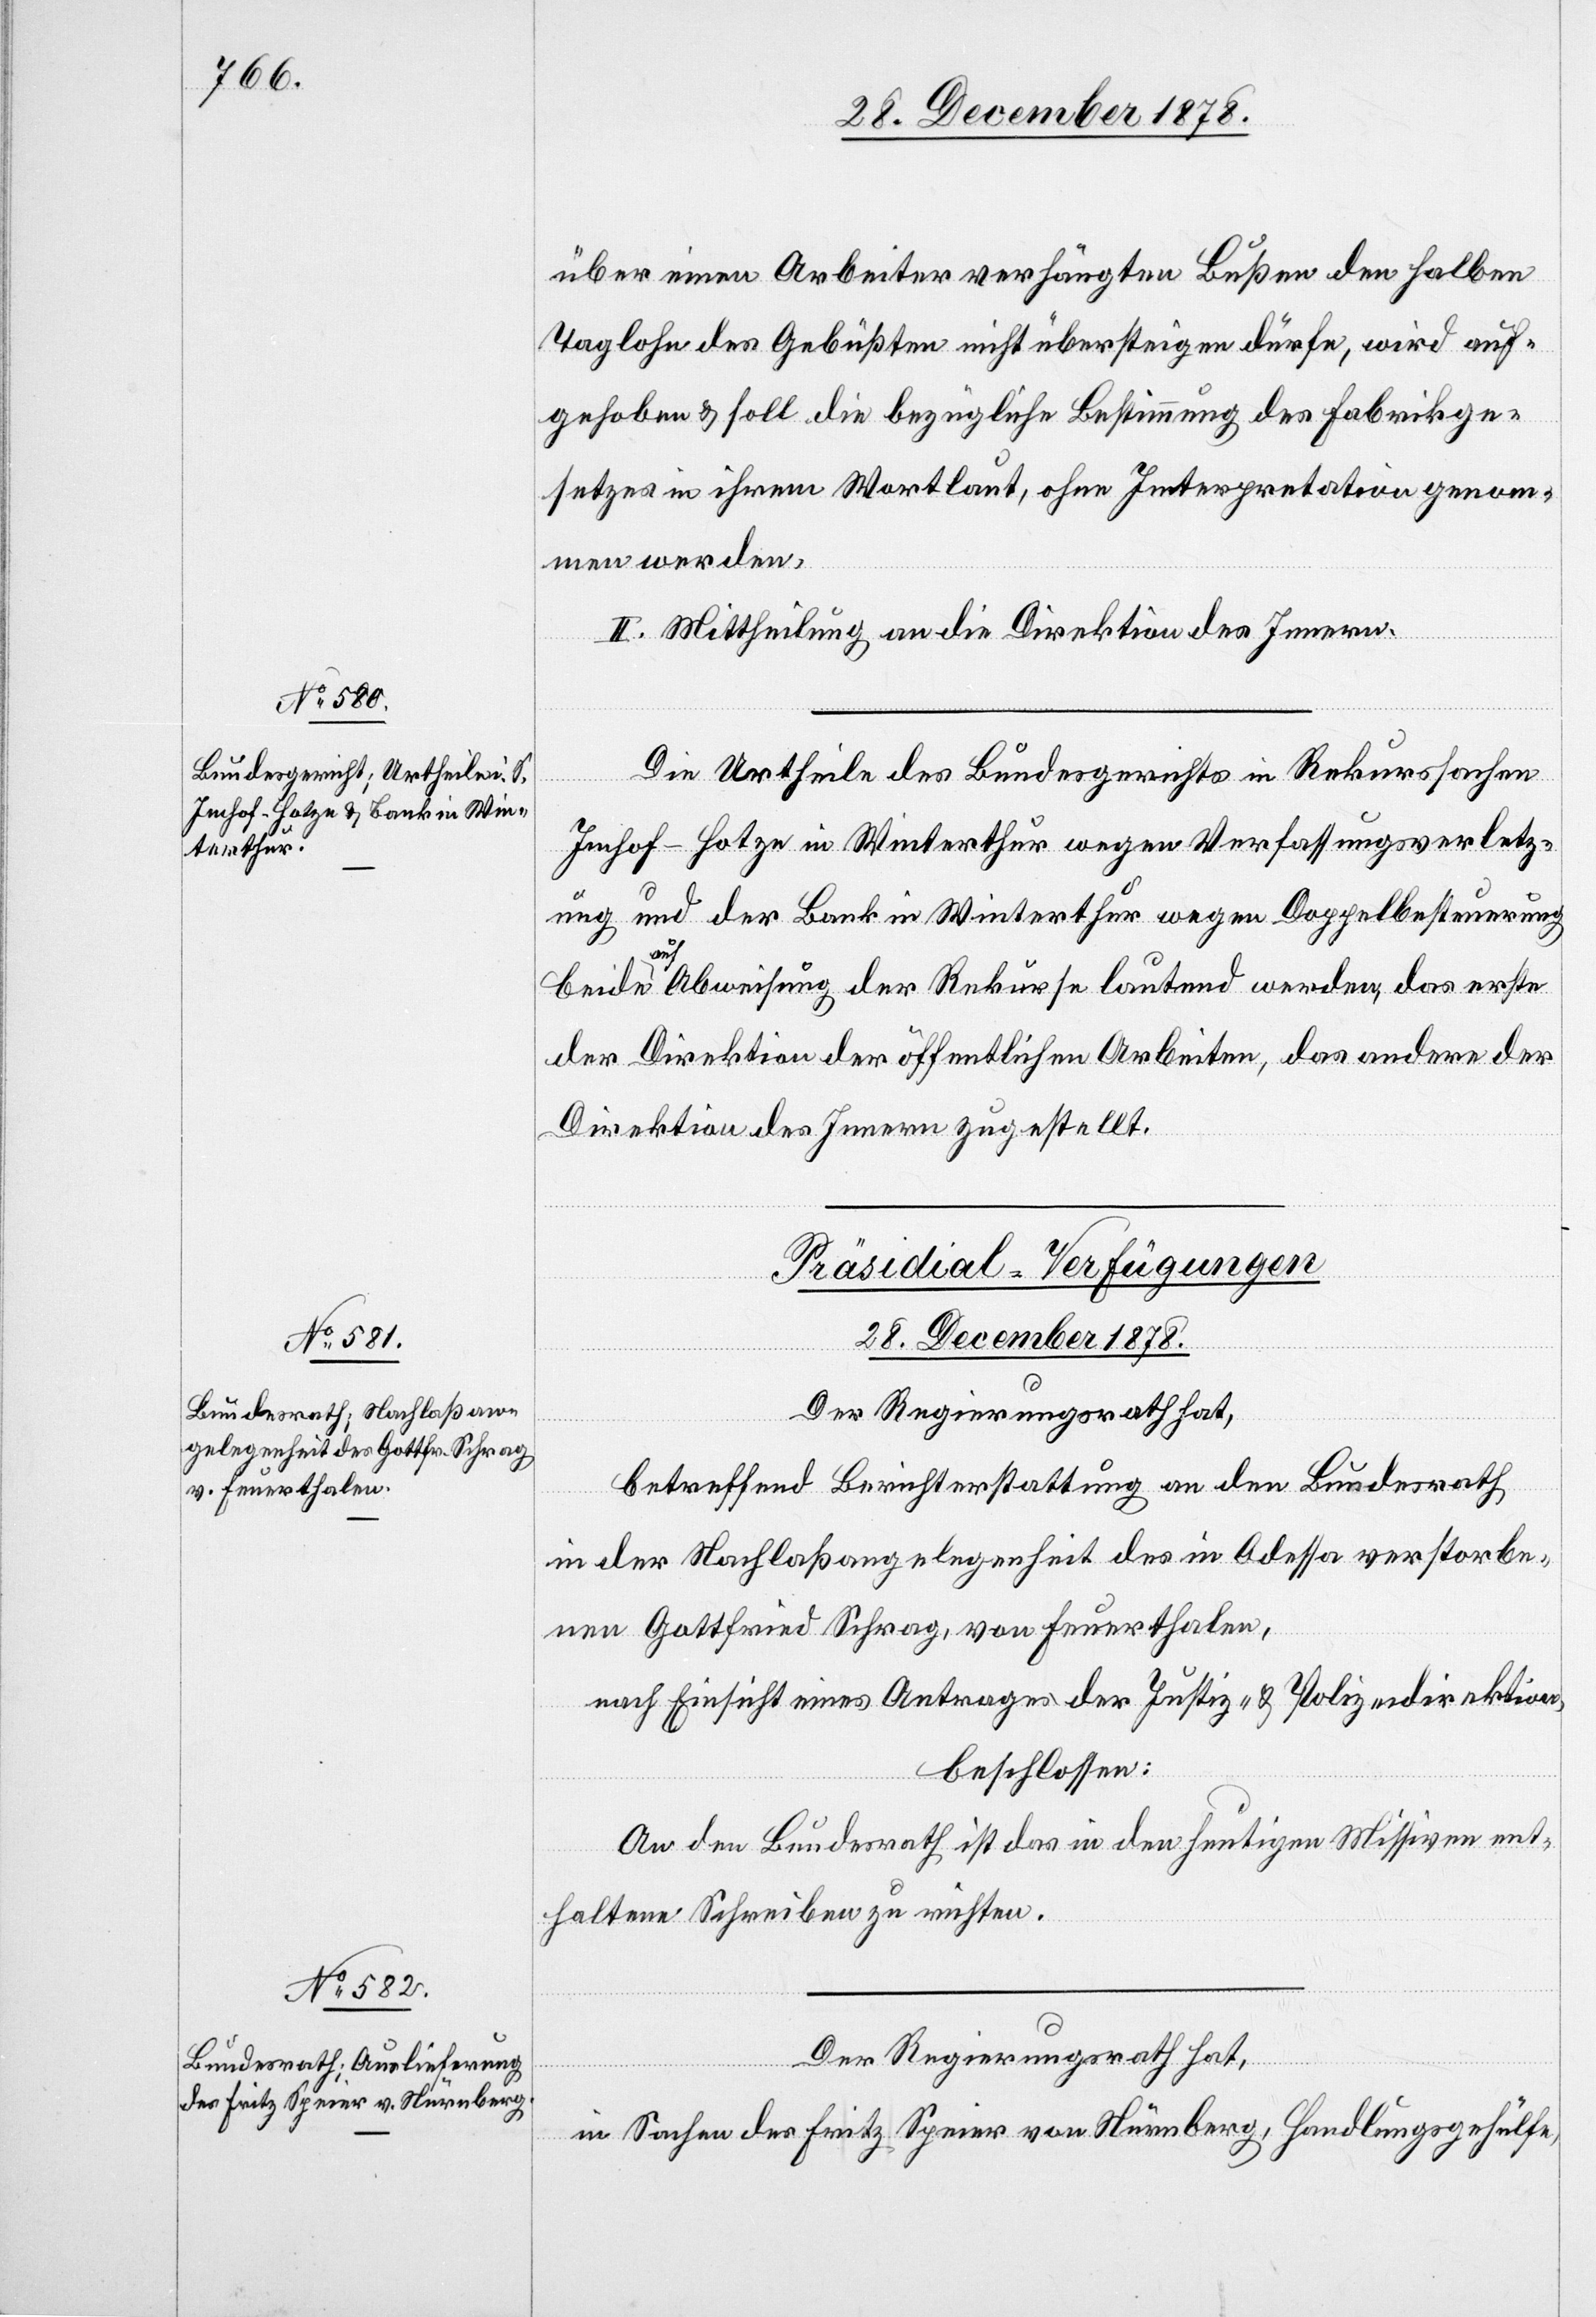
über einen Arbeiter verhängten Bußen den halben
Taglohn des Gebüßten nicht übersteigen dürfe, wird auf¬
gehoben & soll die bezügliche Bestimmung des Fabrikge¬
setzes in ihrem Wortlaut, ohne Interpretation genom¬
men werden.
II. Mittheilung an die Direktion des Innern.
Die Urtheile des Bundesgerichts in Rekurssachen
Imhof-Hotze in Winterthur wegen Verfassungsverletz¬
ung und der Bank in Winterthur wegen Doppelbesteuerung
beide auf Abweisung der Rekurse lautend werden, das erste
der Direktion der öffentlichen Arbeiten, das andere der
Direktion des Innern zugestellt.
[Präsidial-Verfügungen
28. December 1878.]
Der Regierungsrath hat,
betreffend Berichterstattung an den Bundesrath
in der Nachlaßangelegenheit des in Odessa verstorbe¬
nen Gottfried Schrag, von Feuerthalen,
nach Einsicht eines Antrages der Justiz- & Polizeidirektion,
beschlossen:
An den Bundesrath ist das in den heutigen Missiven ent¬
haltene Schreiben zu richten.
in Sachen des Fritz Speier von Nürnberg, Handlungsgehülfe,